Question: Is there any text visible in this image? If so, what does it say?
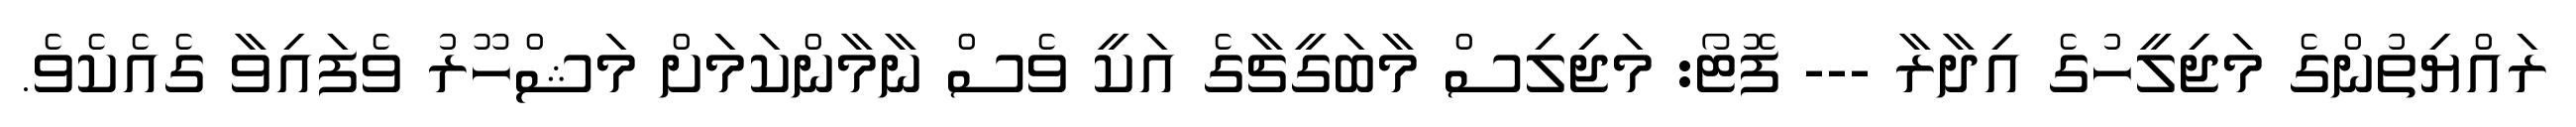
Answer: ރައްޔިތުންގެ މަޖިލީހުގެ އިދާރާ --- ފޮޓޯ: މަޖިލިސް މާބަގީޗާގެ އަކީ ވެސް ނާމާންކަމަށް މަޝްހޫރު ވެފައިވާ ގެއެކެވެ.